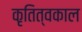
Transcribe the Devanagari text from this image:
कृतित्वकाल